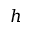
h